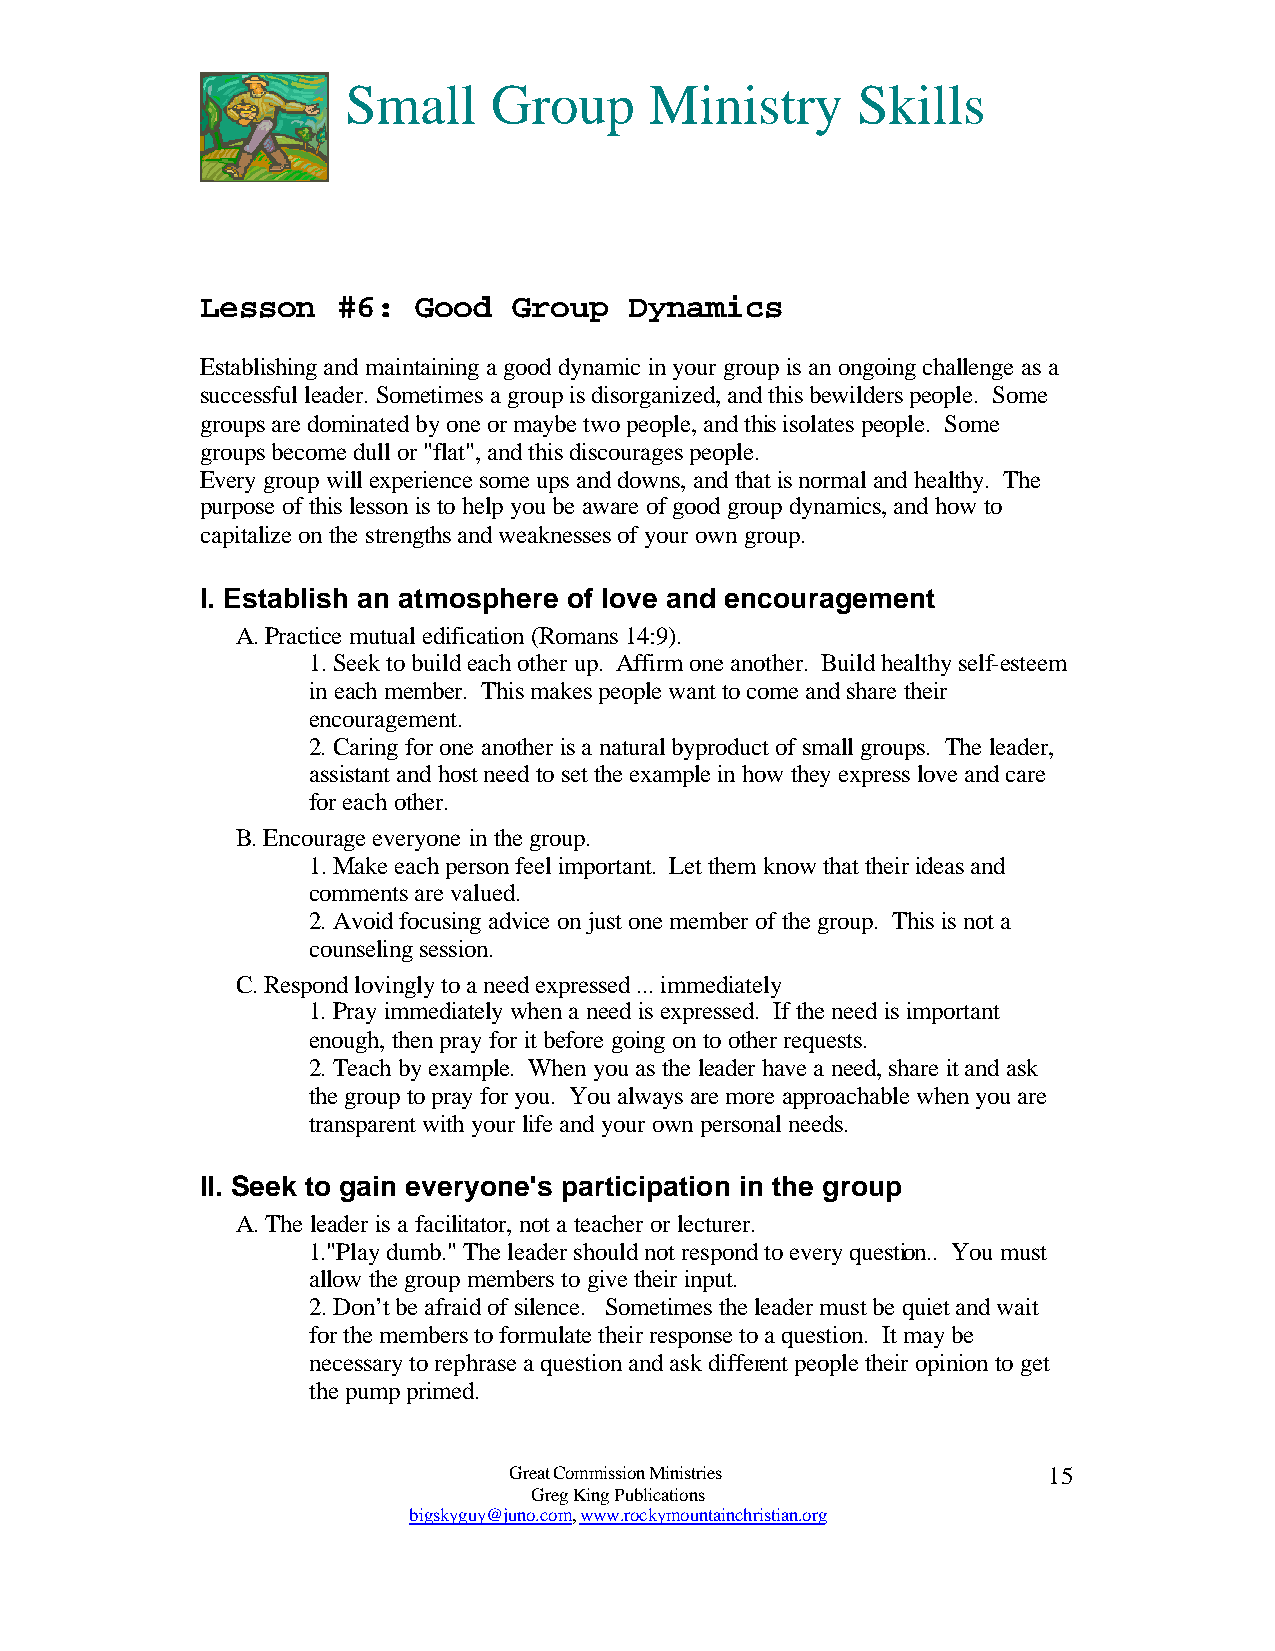
Small     Group     Ministry      Skills
 Lesson   #6:  Good   Group   Dynamics
 Establishing and maintaining a good dynamic in your group is an ongoing challenge as a
 successful leader. Sometimes a group is disorganized, and this bewilders people. Some
 groups are dominated by one or maybe two people, and this isolates people. Some
 groups become dull or "flat", and this discourages people.
 Every group will experience some ups and downs, and that is normal and healthy. The
 purpose of this lesson is to help you be aware of good group dynamics, and how to
 capitalize on the strengths and weaknesses of your own group.
 I. Establish an atmosphere of love and encouragement
 A. Practice mutual edification (Romans 14:9).
 1. Seek to build each other up. Affirm one another. Build healthy self-esteem
 in each member. This makes people want to come and share their
 encouragement.
 2. Caring for one another is a natural byproduct of small groups. The leader,
 assistant and host need to set the example in how they express love and care
 for each other.
 B. Encourage everyone in the group.
 1. Make each person feel important. Let them know that their ideas and
 comments are valued.
 2. Avoid focusing advice on just one member of the group. This is not a
 counseling session.
 C. Respond lovingly to a need expressed ... immediately
 1. Pray immediately when a need is expressed. If the need is important
 enough, then pray for it before going on to other requests.
 2. Teach by example. When you as the leader have a need, share it and ask
 the group to pray for you. You always are more approachable when you are
 transparent with your life and your own personal needs.
 II. Seek to gain everyone's participation in the group
 A. The leader is a facilitator, not a teacher or lecturer.
 1."Play dumb." The leader should not respond to every question.. You must
 allow the group members to give their input.
 2. Don’t be afraid of silence. Sometimes the leader must be quiet and wait
 for the members to formulate their response to a question. It may be
 necessary to rephrase a question and ask different people their opinion to get
 the pump primed.
 Great Commission Ministries        15
 Greg King Publications
 bigskyguy@juno.com, www.rockymountainchristian.org